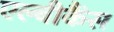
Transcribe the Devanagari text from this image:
एल्‍बीकैंस